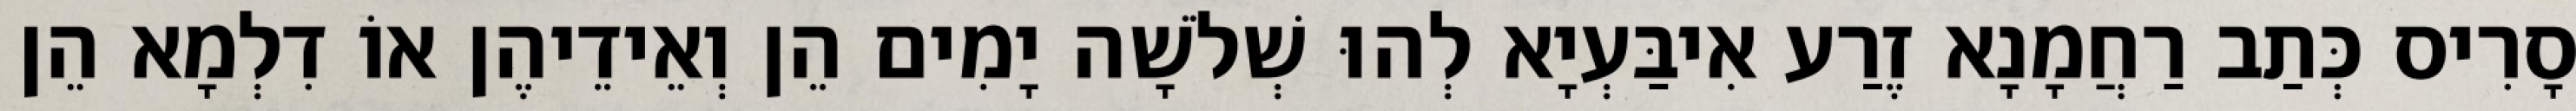
סָרִיס כְּתַב רַחֲמָנָא זֶרַע אִיבַּעְיָא לְהוּ שְׁלֹשָׁה יָמִים הֵן וְאֵידֵיהֶן אוֹ דִלְמָא הֵן